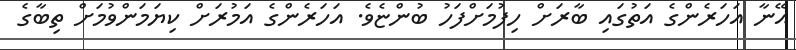
އޭނާ އަހަރެންގެ އަތުގައި ބާރަށް ހިފުމަށްފަހު ބުންޏެވެ. އަހަރެންގެ އަމުރަށް ކިޔަމަންވުމަށް ތިބާގެ